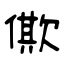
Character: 僛